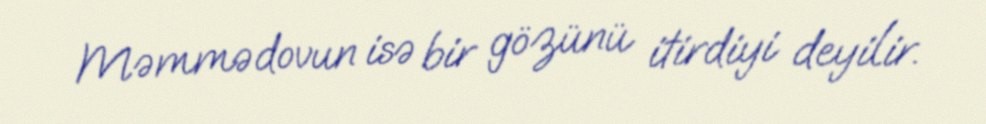
Məmmədovun isə bir gözünü itirdiyi deyilir.